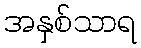
အနှစ်သာရ